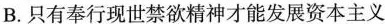
B. 只有奉行现世禁欲精神才能发展资本主义